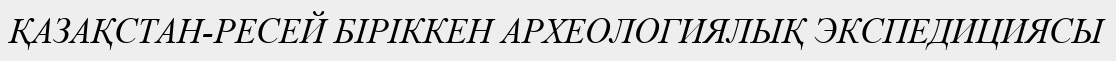
ҚАЗАҚСТАН-РЕСЕЙ БІРІККЕН АРХЕОЛОГИЯЛЫҚ ЭКСПЕДИЦИЯСЫ